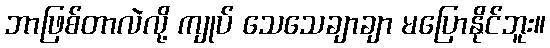
ဘာဖြစ်တာလဲလို့ ကျုပ် သေသေချာချာ မပြောနိုင်ဘူး။